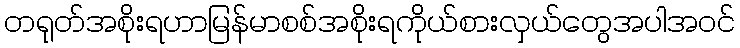
တရုတ်အစိုးရဟာမြန်မာစစ်အစိုးရကိုယ်စားလှယ်တွေအပါအဝင်